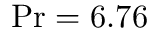
\mathrm { P r } = 6 . 7 6